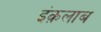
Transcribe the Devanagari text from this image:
इंक़लाब